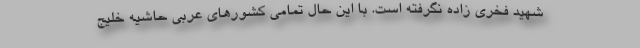
شهید فخری زاده نگرفته است. با این حال تمامی کشورهای عربی حاشیه خلیج